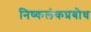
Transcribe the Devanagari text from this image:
निष्कलंकप्रबोध